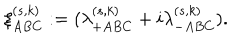
\xi _ { A B C } ^ { ( s , k ) } : = ( \lambda _ { + A B C } ^ { ( s , k ) } + i \lambda _ { - A B C } ^ { ( s , k ) } ) .